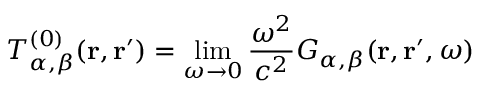
T _ { \alpha , \beta } ^ { ( 0 ) } ( \mathbf { r } , \mathbf { r ^ { \prime } } ) = \operatorname* { l i m } _ { \omega \to 0 } \frac { \omega ^ { 2 } } { c ^ { 2 } } G _ { \alpha , \beta } ( \mathbf { r } , \mathbf { r } ^ { \prime } , \omega )